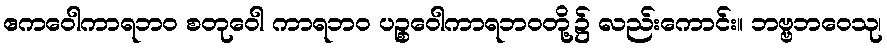
ဧကဝေါကာရဘဝ စတုဝေါ ကာရဘဝ ပဉ္စဝေါကာရဘဝတို့၌ လည်းကောင်း။ ဘဗ္ဗဘဝေသု၊